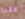
علنا